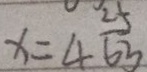
x = 4 \frac { 2 5 } { 6 3 }